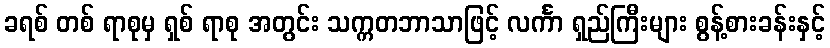
ခရစ် တစ် ရာစုမှ ရှစ် ရာစု အတွင်း သက္ကတဘာသာဖြင့် လင်္ကာ ရှည်ကြီးများ စွန့်စားခန်းနှင့်